Report of the Indian Hemp Drugs Commission, 1894-1895 - Volume VIII
Year: 1894
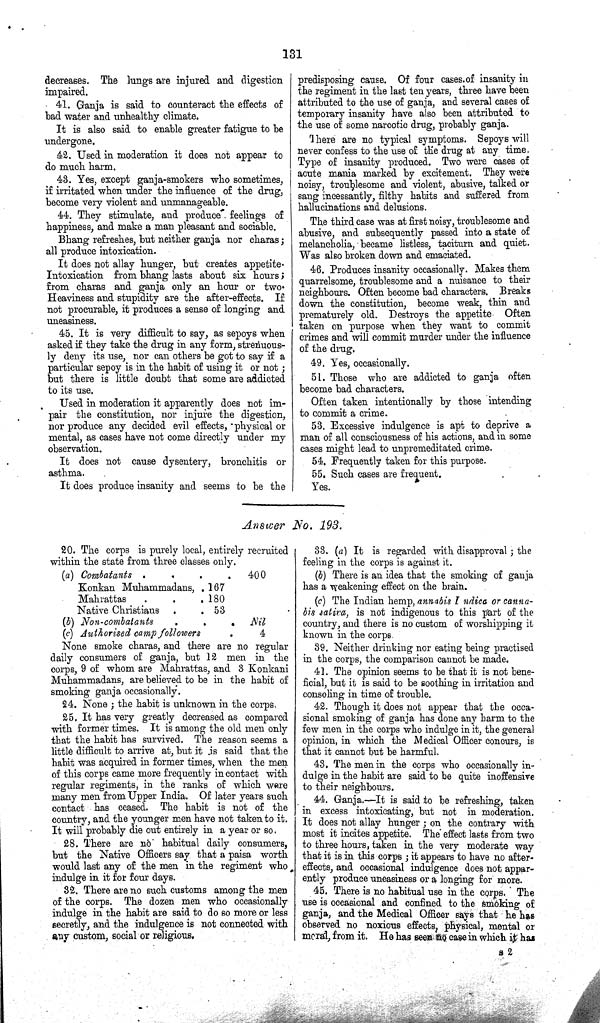
131
decreases. The lungs are injured and digestion
impaired.
41. Ganja is said to counteract the effects of
bad water and unhealthy climate.
It is also said to enable greater fatigue to be
undergone.
42. Used in moderation it does not appear to
do much harm.
43. Yes, except ganja-smokers who sometimes,
if irritated when under the influence of the drug,
become very violent and unmanageable.
44. They stimulate, and produce feelings of
happiness, and make a man pleasant and sociable.
Bhang refreshes, but neither ganja nor charas;
all produce intoxication.
It does not allay hunger, but creates appetite.
Intoxication from bhang lasts about six hours;
from charas and ganja only an hour or two.
Heaviness and stupidity are the after-effects. If
not procurable, it produces a sense of longing and
uneasiness.
45. It is very difficult to say, as sepoys when
asked if they take the drug in any form, strenuous¬
ly deny its use, nor can others be got to say if a
particular sepoy is in the habit of using it or not;
but there is little doubt that some are addicted
to its use.
Used in moderation it apparently does not im¬
pair the constitution, nor injure the digestion,
nor produce any decided evil effects, physical or
mental, as cases have not come directly under my
observation.
It does not cause dysentery, bronchitis or
asthma.
It does produce insanity and seems to be the
predisposing cause. Of four cases of insanity in
the regiment in the last ten years, three have been
attributed to the use of ganja, and several cases of
temporary insanity have also been attributed to
the use of some narcotic drug, probably ganja.
There are no typical symptoms. Sepoys will
never confess to the use of the drug at any time.
Type of insanity produced. Two were cases of
acute mania marked by excitement. They were
noisy, troublesome and violent, abusive, talked or
sang incessantly, filthy habits and suffered from
hallucinations and delusions.
The third case was at first noisy, troublesome and
abusive, and subsequently passed into a state of
melancholia, became listless, taciturn and quiet.
Was also broken down and emaciated.
46. Produces insanity occasionally. Makes them
quarrelsome, troublesome and a nuisance to their
neighbours. Often become bad characters. Breaks
down the constitution, become weak, thin and
prematurely old. Destroys the appetite Often
taken on purpose when they want to commit
crimes and will commit murder under the influence
of the drug.
49. Yes, occasionally.
51. Those who are addicted to ganja often
become bad characters.
Often taken intentionally by those intending
to commit a crime.
53. Excessive indulgence is apt to deprive a
man of all consciousness of his actions, and in some
cases might lead to unpremeditated crime.
54. Frequently taken for this purpose.
55. Such cases are frequent.
Yes.
Answer No. 193.
20. The corps is purely local, entirely recruited
within the state from three classes only.
(a) Combatants
400
Konkan Muhammadans, 167
Mahrattas
180
Native Christians
53
(b) Non-combatants
Nil
(c) Authorised camp followers
4
None smoke charas, and there are no regular
daily consumers of ganja, but 12 men in the
corps, 9 of whom are Mahrattas, and 3 Konkani
Muhammadans, are believed to be in the habit of
smoking ganja occasionally.
24. None; the habit is unknown in the corps.
25. It has very greatly decreased as compared
with former times. It is among the old men only
that the habit has survived. The reason seems a
little difficult to arrive at, but it is said that the
habit was acquired in former times, when the men
of this corps came more frequently in contact with
regular regiments, in the ranks of which were
many men from Upper India. Of later years such
contact has ceased. The habit is not of the
country, and the younger men have not taken to it.
It will probably die out entirely in a year or so.
28. There are no habitual daily consumers,
but the Native Officers say that a paisa worth
would last any of the men in the regiment who
indulge in it for four days.
32. There are no such customs among the men
of the corps. The dozen men who occasionally
indulge in the habit are said to do so more or less
secretly, and the indulgence is not connected with
any custom, social or religious.
33. (a) It is regarded with disapproval; the
feeling in the corps is against it.
(b) There is an idea that the smoking of ganja
has a weakening effect on the brain.
(c) The Indian hemp, annabis I ndica or canna-
bis satira, is not indigenous to this part of the
country, and there is no custom of worshipping it
known in the corps.
39. Neither drinking nor eating being practised
in the corps, the comparison cannot be made.
41. The opinion seems to be that it is not bene¬
ficial, but it is said to be soothing in irritation and
consoling in time of trouble.
42. Though it does not appear that the occa¬
sional smoking of ganja has done any harm to the
few men in the corps who indulge in it, the general
opinion, in which the Medical Officer concurs, is
that it cannot but be harmful.
43. The men in the corps who occasionally in¬
dulge in the habit are said to be quite inoffensive
to their neighbours.
44. Ganja.—It is said to be refreshing, taken
in excess intoxicating, but not in moderation.
It does not allay hunger; on the contrary with
most it incites appetite. The effect lasts from two
to three hours, taken in the very moderate way
that it is in this corps; it appears to have no after¬
effects, and occasional indulgence does not appar¬
ently produce uneasiness or a longing for more.
45. There is no habitual use in the corps. The
use is occasional and confined to the smoking of
ganja, and the Medical Officer says that he has
observed no noxious effects, physical, mental or
moral, from it. He has seen no case in which it has
S 2